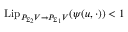
\mathrm { L i p } _ { P _ { \Sigma _ { 2 } } V \to P _ { \Sigma _ { 1 } } V } ( { \psi } ( u , \cdot ) ) < 1